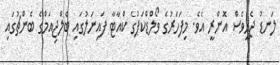
ލަނޑު ޖެހީވެސް އޮންރީ އެވެ. މިފަހަރުގެ ވޯލްޑްކަޕުގެ ކްއާޓާ ފައިނަލުގައި ބެލްޖިއަމްގެ ބެންޗުގައި